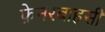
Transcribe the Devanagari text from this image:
फ़ेनरबाहसी